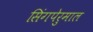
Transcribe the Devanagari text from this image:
सिंगपेरुमाल